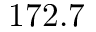
1 7 2 . 7